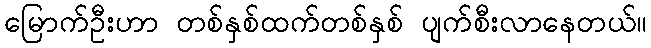
မြောက်ဦးဟာ တစ်နှစ်ထက်တစ်နှစ် ပျက်စီးလာနေတယ်။